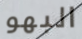
البهو